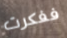
ففكرت